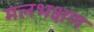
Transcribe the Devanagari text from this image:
मलभक्षण